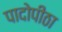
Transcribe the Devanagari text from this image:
पादोपीठा